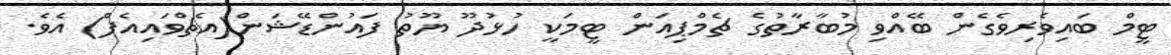
ޓީމް ބައިވެރިވެގެން ބޭއްވި މުބާރާތުގެ ޗެމްޕިއަން ޓީމަކީ ހުޅުދޫ ޔޫތު ފައުންޑޭޝަން(އެޗްވައިއެފް) އެވެ.